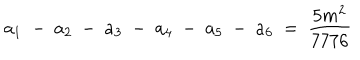
LaTeX: a _ { 1 } ~ - ~ a _ { 2 } ~ - ~ a _ { 3 } ~ - ~ a _ { 4 } ~ - ~ a _ { 5 } ~ - ~ a _ { 6 } ~ = ~ \frac { 5 m ^ { 2 } } { 7 7 7 6 }